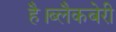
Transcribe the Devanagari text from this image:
है।ब्लैकबेरी